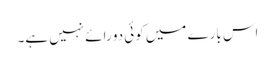
اس بارے میں کوئی دو رائے نہیں ہے۔